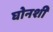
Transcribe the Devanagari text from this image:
घोनशी